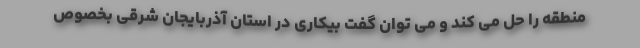
منطقه را حل می کند و می توان گفت بیکاری در استان آذربایجان شرقی بخصوص